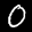
Label: 0